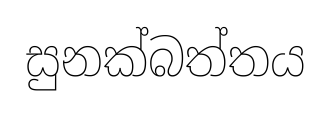
සුනක්බත්තය